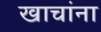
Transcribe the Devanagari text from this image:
खाचांना